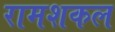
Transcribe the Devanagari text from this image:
रामशकल